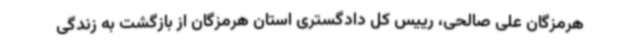
هرمزگان علی صالحی، رییس کل دادگستری استان هرمزگان از بازگشت به زندگی